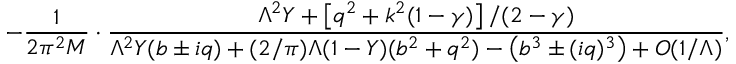
- \frac { 1 } { 2 \pi ^ { 2 } { \cal M } } \cdot \frac { \Lambda ^ { 2 } Y + \left[ q ^ { 2 } + k ^ { 2 } ( 1 - \gamma ) \right] / ( 2 - \gamma ) } { \Lambda ^ { 2 } Y ( b \pm i q ) + ( 2 / \pi ) \Lambda ( 1 - Y ) ( b ^ { 2 } + q ^ { 2 } ) - \left( b ^ { 3 } \pm ( i q ) ^ { 3 } \right) + O ( 1 / \Lambda ) } ,